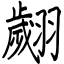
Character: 翽